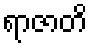
ရာဇာတိ